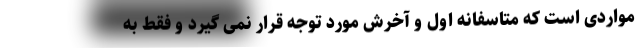
مواردی است که متاسفانه اول و آخرش مورد توجه قرار نمی گیرد و فقط به